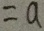
= a